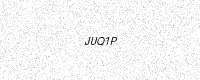
Text: JUQ1P